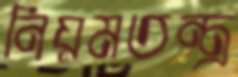
নিয়মতন্ত্র